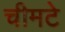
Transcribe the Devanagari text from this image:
चीमटे